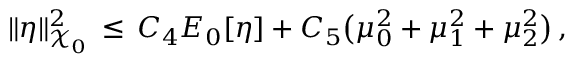
\| \eta \| _ { \mathcal { X } _ { 0 } } ^ { 2 } \, \le \, C _ { 4 } E _ { 0 } [ \eta ] + C _ { 5 } \bigl ( \mu _ { 0 } ^ { 2 } + \mu _ { 1 } ^ { 2 } + \mu _ { 2 } ^ { 2 } \bigr ) \, ,